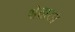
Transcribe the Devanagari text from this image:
श्वेताव्ज